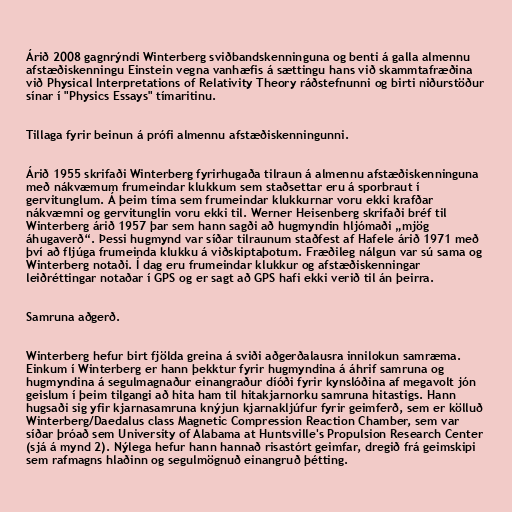
Árið 2008 gagnrýndi Winterberg sviðbandskenninguna og benti á galla almennu
afstæðiskenningu Einstein vegna vanhæfis á sættingu hans við skammtafræðina
við Physical Interpretations of Relativity Theory ráðstefnunni og birti niðurstöður
sínar í "Physics Essays" tímaritinu.

Tillaga fyrir beinun á prófi almennu afstæðiskenningunni.

Árið 1955 skrifaði Winterberg fyrirhugaða tilraun á almennu afstæðiskenninguna
með nákvæmum frumeindar klukkum sem staðsettar eru á sporbraut í
gervitunglum. Á þeim tíma sem frumeindar klukkurnar voru ekki krafðar
nákvæmni og gervitunglin voru ekki til. Werner Heisenberg skrifaði bréf til
Winterberg árið 1957 þar sem hann sagði að hugmyndin hljómaði „mjög
áhugaverð“. Þessi hugmynd var síðar tilraunum staðfest af Hafele árið 1971 með
því að fljúga frumeinda klukku á viðskiptaþotum. Fræðileg nálgun var sú sama og
Winterberg notaði. Í dag eru frumeindar klukkur og afstæðiskenningar
leiðréttingar notaðar í GPS og er sagt að GPS hafi ekki verið til án þeirra.

Samruna aðgerð.

Winterberg hefur birt fjölda greina á sviði aðgerðalausra innilokun samræma.
Einkum í Winterberg er hann þekktur fyrir hugmyndina á áhrif samruna og
hugmyndina á segulmagnaður einangraður díóði fyrir kynslóðina af megavolt jón
geislum í þeim tilgangi að hita ham til hitakjarnorku samruna hitastigs. Hann
hugsaði sig yfir kjarnasamruna knýjun kjarnakljúfur fyrir geimferð, sem er kölluð
Winterberg/Daedalus class Magnetic Compression Reaction Chamber, sem var
síðar þróað sem University of Alabama at Huntsville's Propulsion Research Center
(sjá á mynd 2). Nýlega hefur hann hannað risastórt geimfar, dregið frá geimskipi
sem rafmagns hlaðinn og segulmögnuð einangruð þétting.